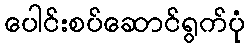
ပေါင်းစပ်ဆောင်ရွက်ပုံ